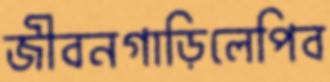
জীবনগাড়িলেপিব